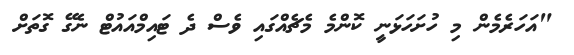
"އަހަރެމެން މި ހުށަހަޅަނީ ކޮންމެ މެޗެއްގައި ވެސް ދެ ޓައިމްއައުޓް ނެގޭ ގޮތަށް